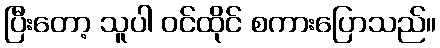
ပြီးတော့ သူပါ ဝင်ထိုင် စကားပြောသည်။